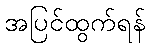
အပြင်ထွက်ရန်